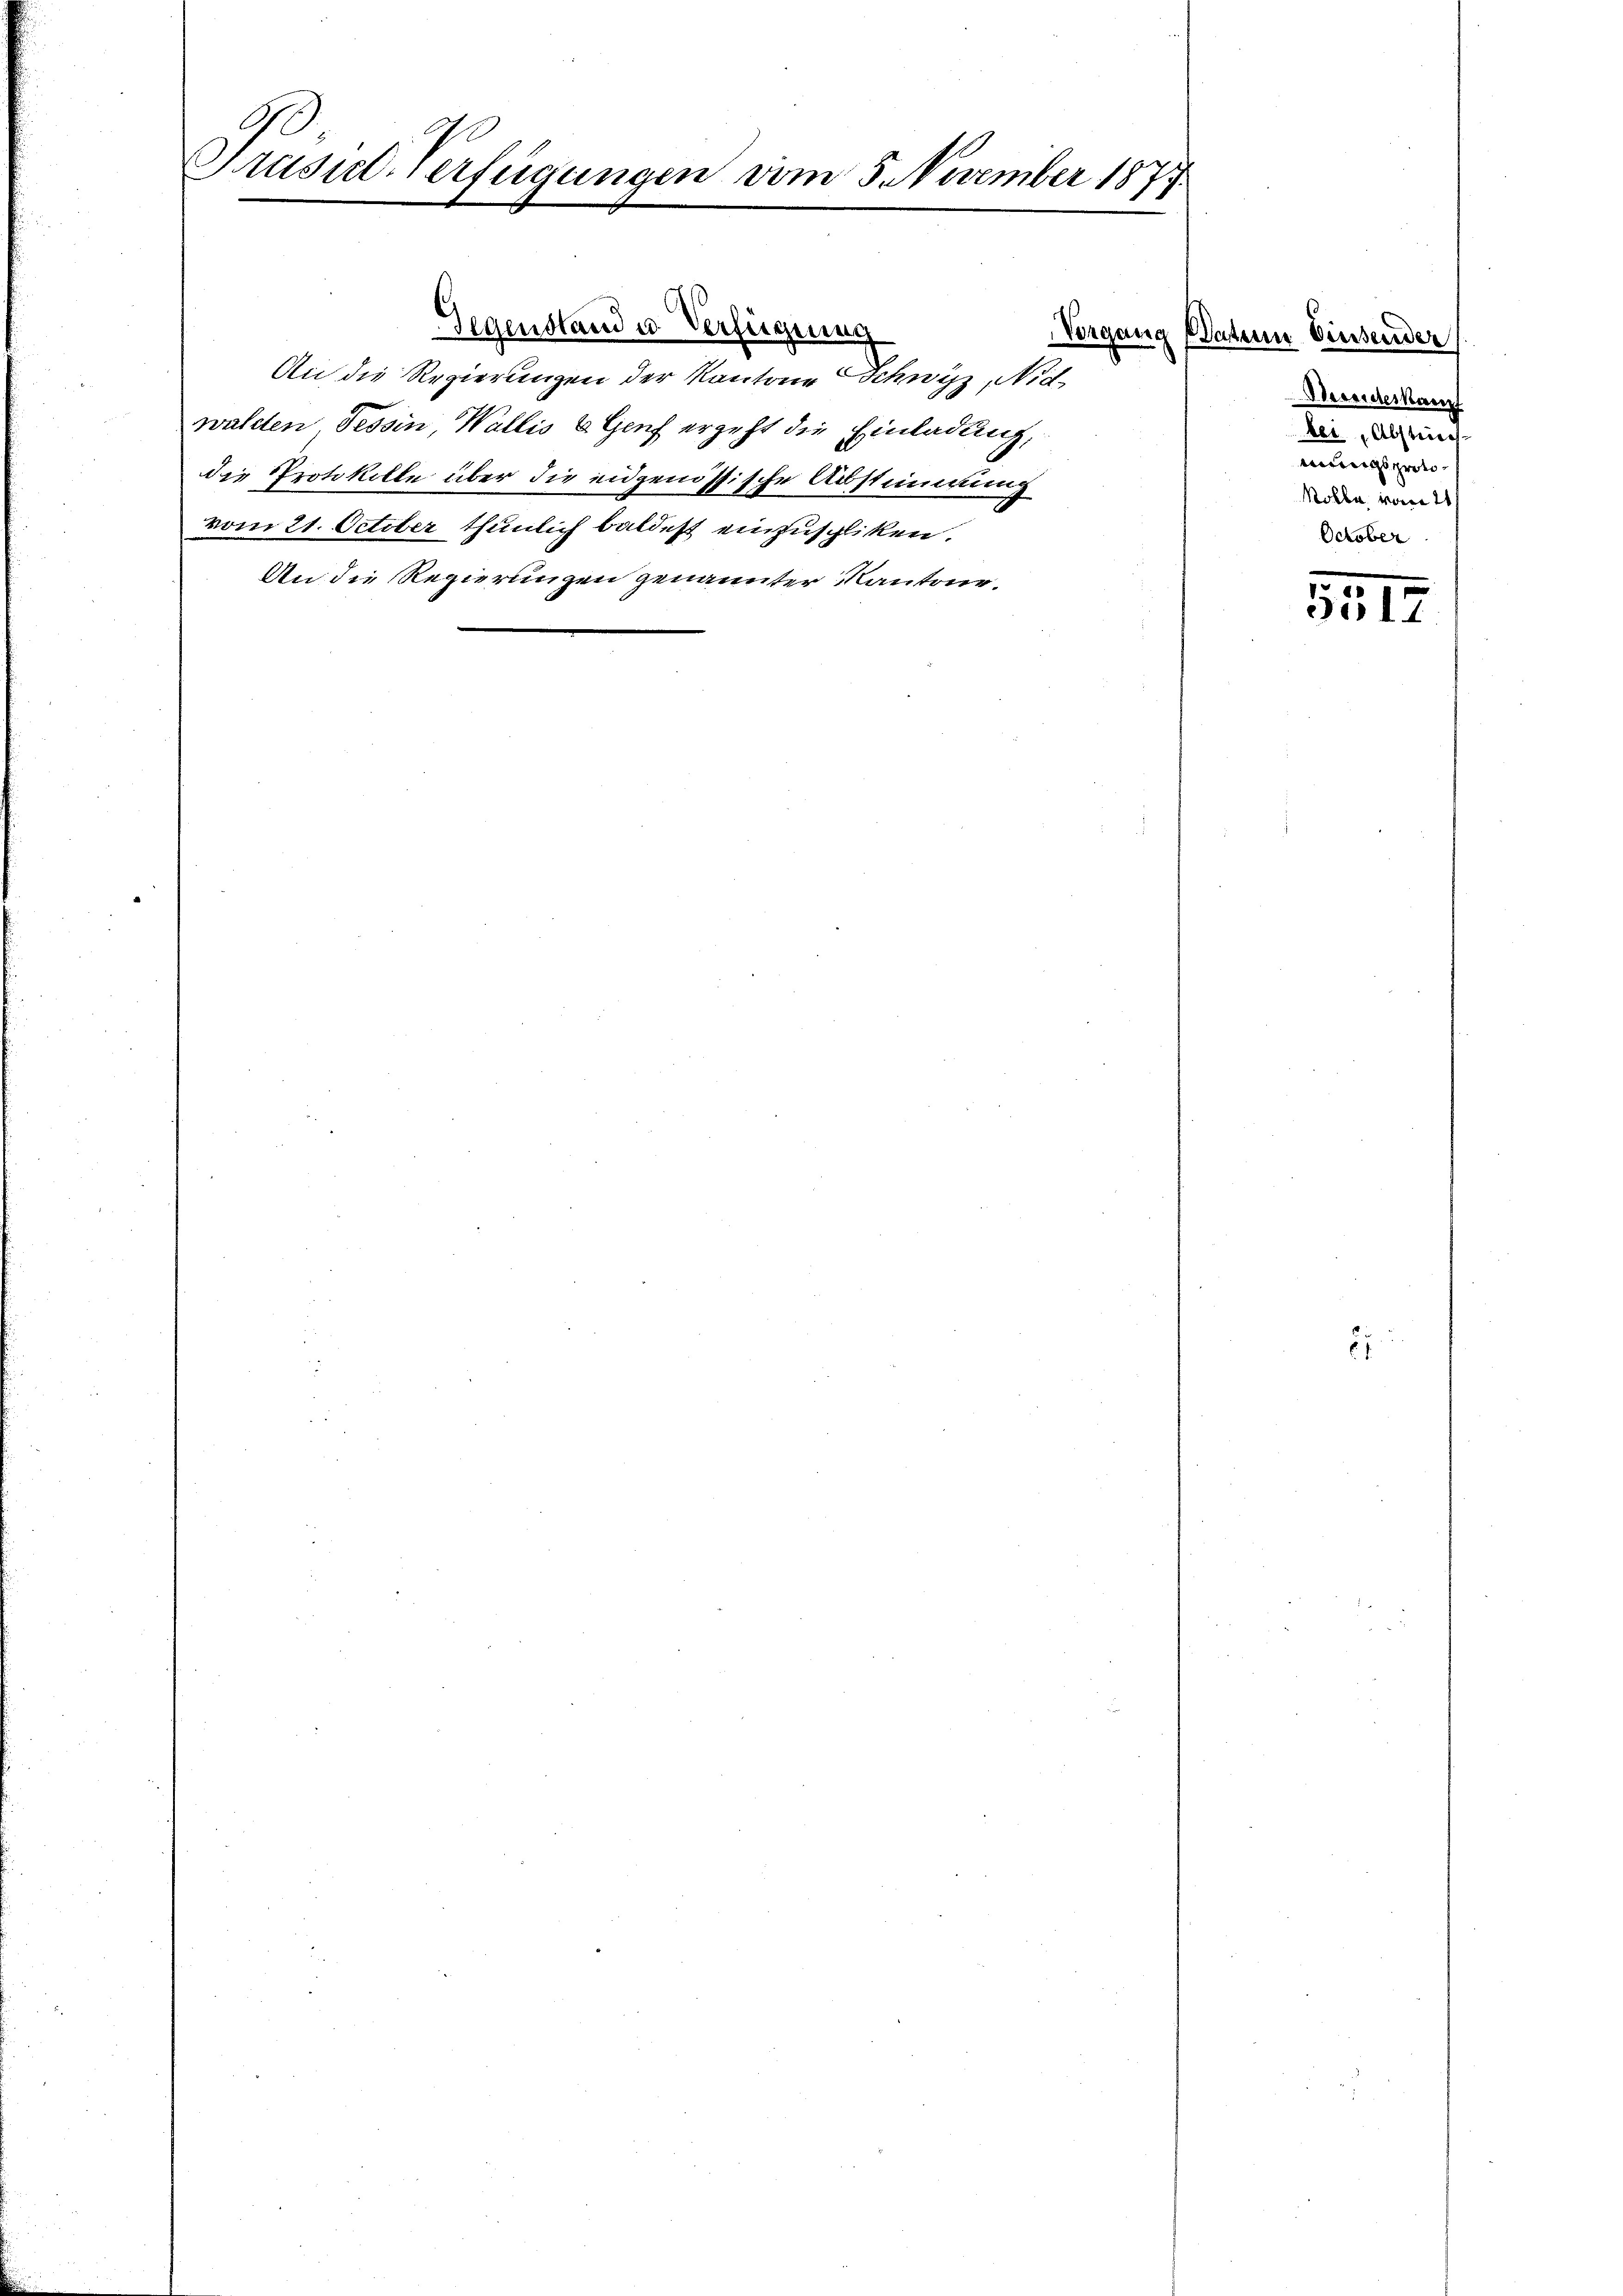
10.
Prasial-Verfügungen vom 5. November 1873.

An die Regierungen der Kantone Schwyz, Nidwalden Tessin, Wallis u Genf ergeht die Einladung,
die Protokolle über die eidgenössische Abstimmung
vom 21. October thunlich baldest einzuspliten.
An die Regierungen genannter Kantone,

Gegenstand u. Verfügung
Vorgang

Datum binsender
Desiderkannt
ber, Abstimungsproto¬
Rolle vom 21
October

.
5.12

e